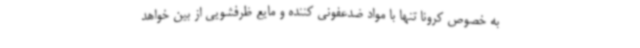
به خصوص کرونا تنها با مواد ضدعفونی کننده و مایع ظرفشویی از بین خواهد